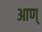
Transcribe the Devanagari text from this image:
आण्